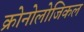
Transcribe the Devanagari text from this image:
क्रोनोलोजिकल